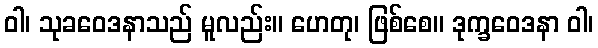
ဝါ၊ သုခဝေဒနာသည် မူလည်း။ ဟေတု၊ ဖြစ်စေ။ ဒုက္ခဝေဒနာ ဝါ၊